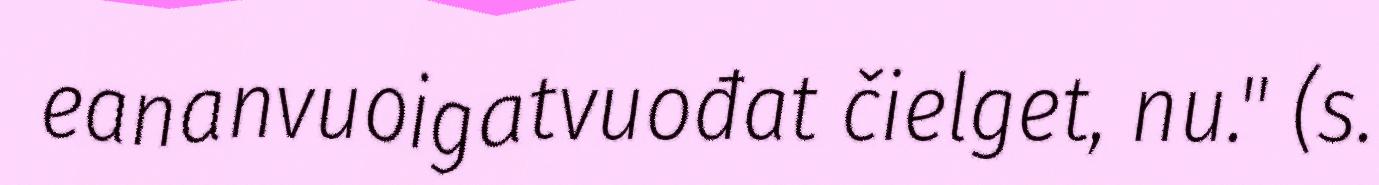
eananvuoigatvuođat čielget, nu." (s.